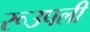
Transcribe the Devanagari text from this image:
रूउपली